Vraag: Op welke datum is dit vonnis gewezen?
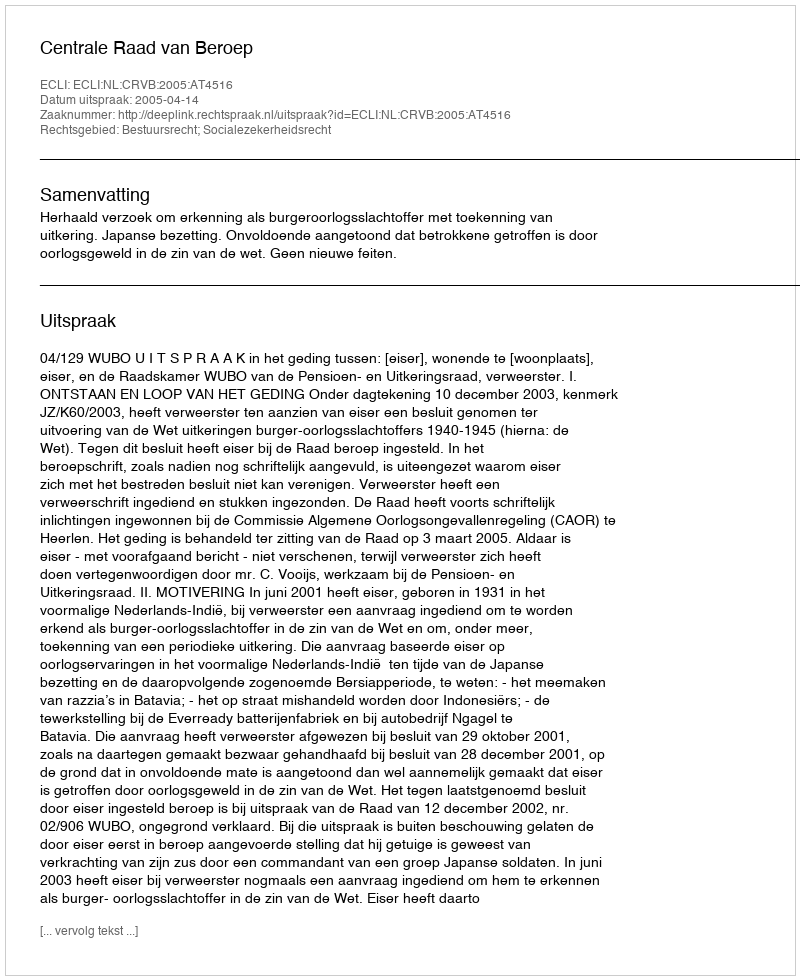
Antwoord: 2005-04-14